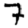
Digit: 7